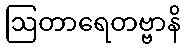
ဩတာရေတဗ္ဗာနိ